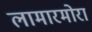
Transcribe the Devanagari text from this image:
लामारमोरा